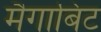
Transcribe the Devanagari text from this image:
मैगाबिट